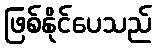
ဖြစ်နိုင်ပေသည်